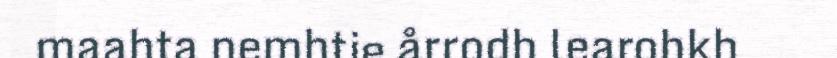
maahta nemhtie årrodh learohkh